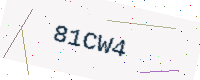
Text: 81CW4